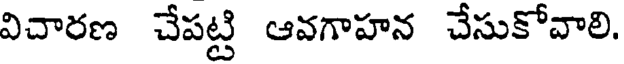
విచారణ చేపట్టి ఆవగాహన చేసుకోవాలి.